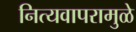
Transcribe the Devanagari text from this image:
नित्यवापरामुळे